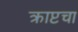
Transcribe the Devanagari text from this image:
क्राप्टचा